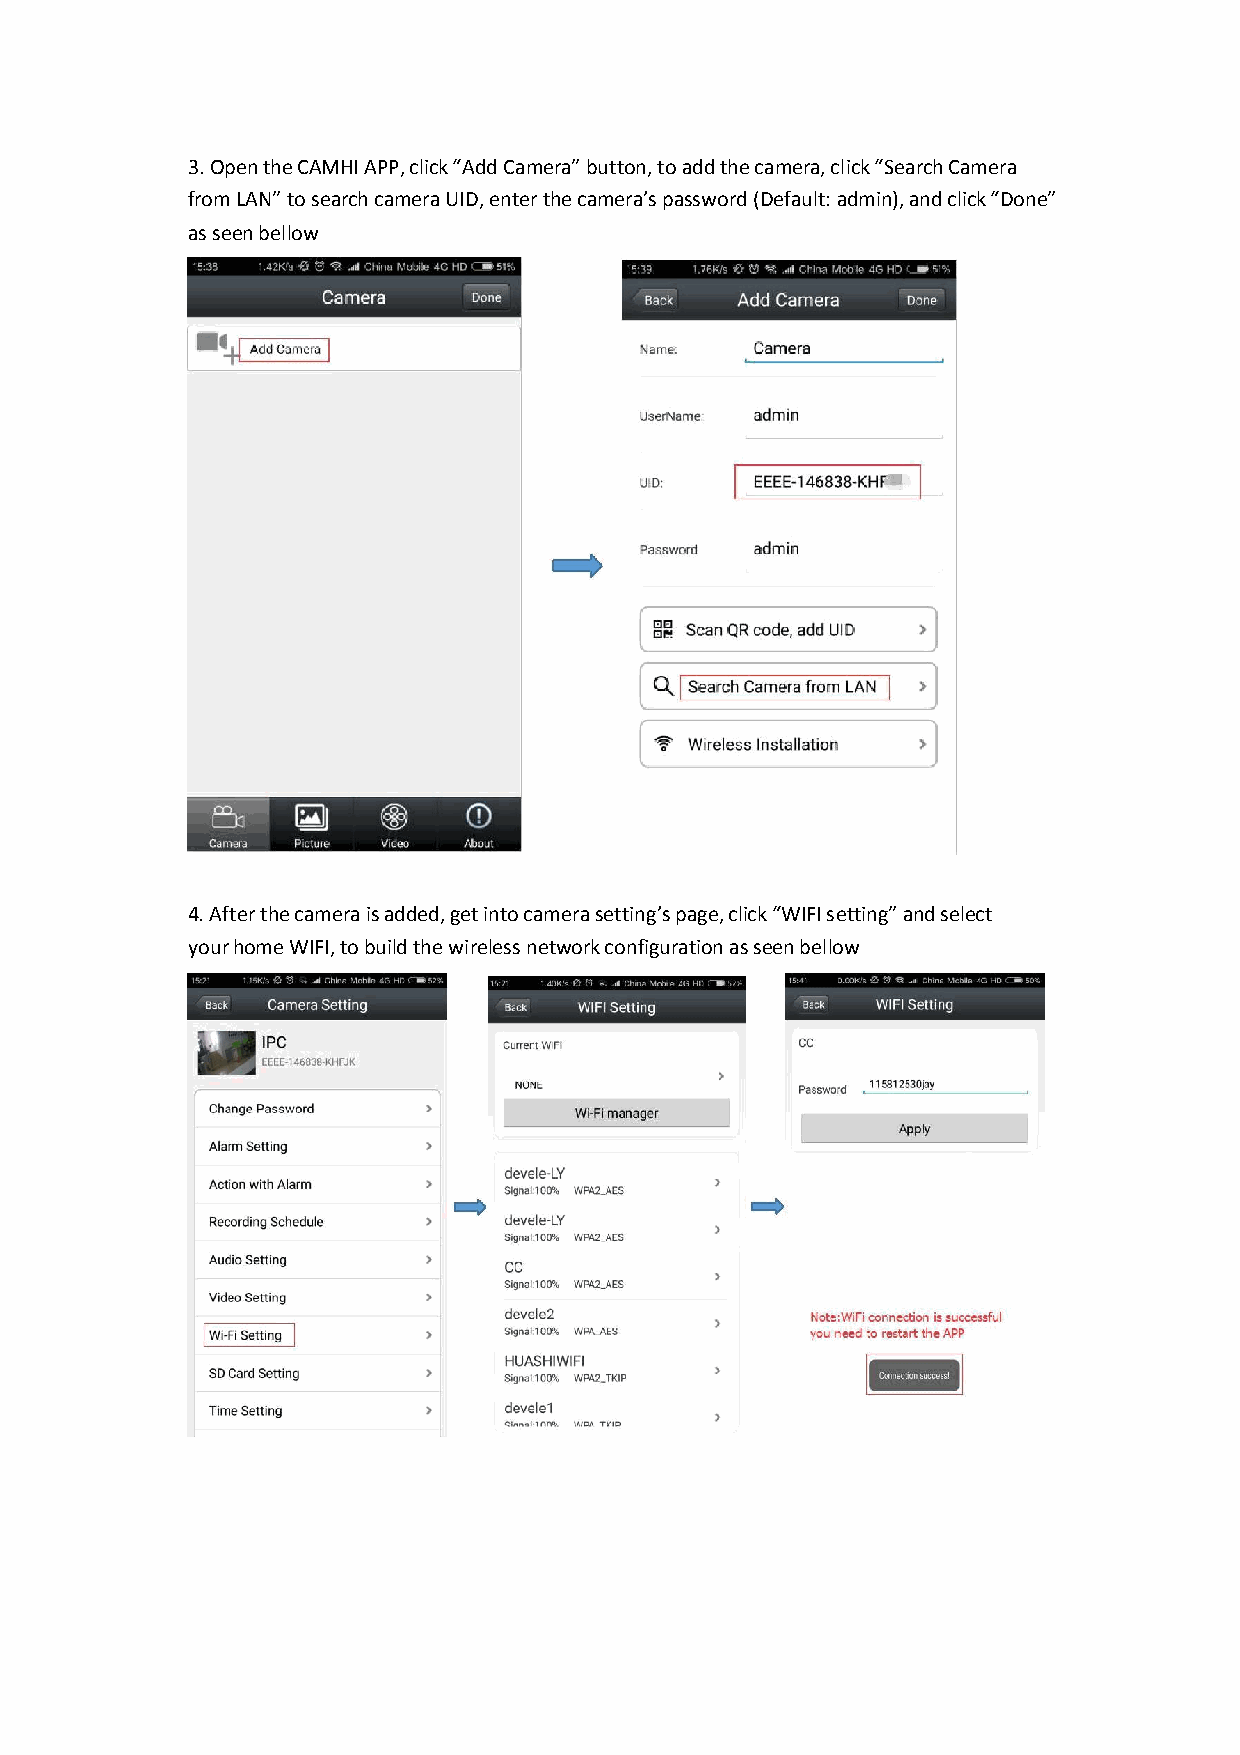
3. Open the CAMHI APP, click “Add Camera” button, to add the camera, click “Search Camera
 from LAN” to search camera UID, enter the camera’s password (Default: admin), and click “Done”
 as seen bellow
 4. After the camera is added, get into camera setting’s page, click “WIFI setting” and select
 your home WIFI, to build the wireless network configuration as seen bellow